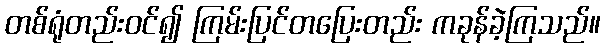
တစ်ရုံတည်းဝင်၍ ကြမ်းပြင်တပြေးတည်း ကခုန်ခဲ့ကြသည်။